画像に写った文字を読んでください
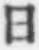
「日」と書いてあります